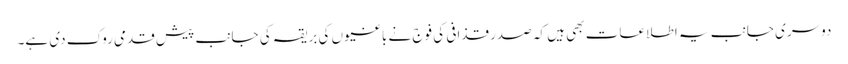
دوسری جانب یہ اطلاعات بھی ہیں کہ صدر قذافی کی فوج نے باغیوں کی بریقہ کی جانب پیش قدمی روک دی ہے۔